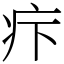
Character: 疜